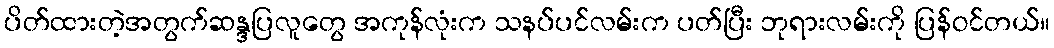
ပိတ်ထားတဲ့အတွက်ဆန္ဒပြလူတွေ အကုန်လုံးက သနပ်ပင်လမ်းက ပတ်ပြီး ဘုရားလမ်းကို ပြန်ဝင်တယ်။